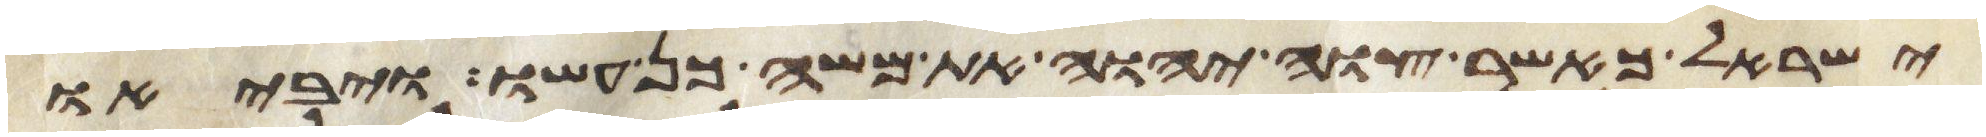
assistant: ישראל כאשר צוה יהוה את משה כן עשו ויביאו